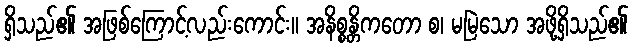
ရှိသည်၏ အဖြစ်ကြောင့်လည်းကောင်း။ အနိစ္စန္တိကတော စ၊ မမြဲသော အဖို့ရှိသည်၏